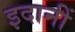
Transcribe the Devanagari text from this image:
इदानीं